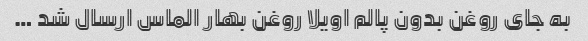
به جای روغن بدون پالم اویلا روغن بهار الماس ارسال شد …